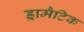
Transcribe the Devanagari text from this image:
ड्रामैटिक